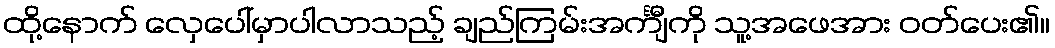
ထို့နောက် လှေပေါ်မှာပါလာသည့် ချည်ကြမ်းအင်္ကျီကို သူ့အဖေအား ဝတ်ပေး၏။